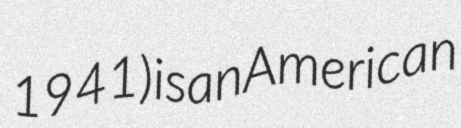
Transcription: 1941) is an American